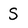
Character: S